Medical and sanitary report of the native army of Bengal for the year
Year: 1876
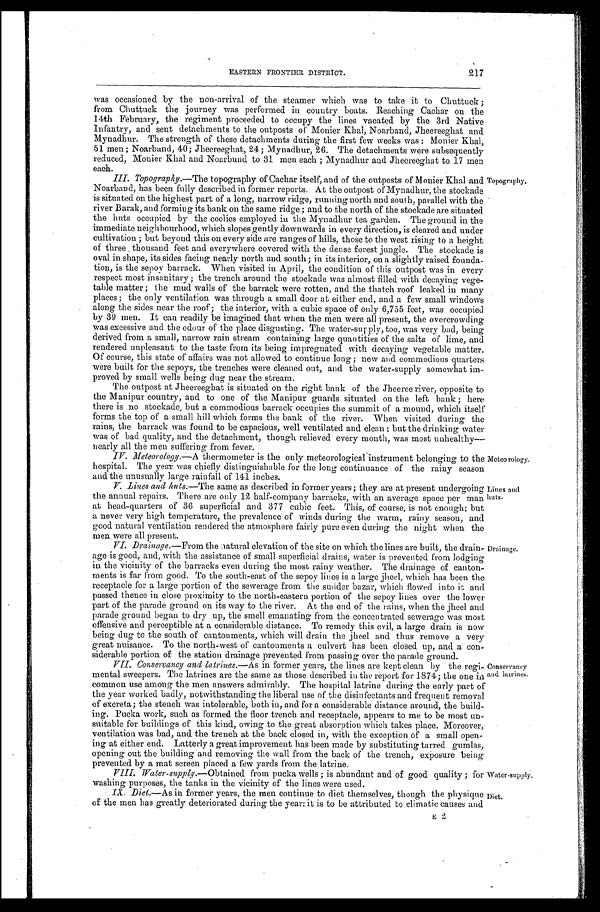
Meteorology.
Lines and
huts.
Drainage.
Water-supply,
Diet.
EASTERN FRONTIER DISTRICT.
217
was occasioned by the non-arrival of the steamer which was to take it to Chuttuck ;
from Chuttuck the journey was performed in country boats. Reaching Cachar on the
14th February, the regiment proceeded to occupy the lines vacated by the 3rd Native
Infantry, and sent detachments to the outposts of Monier Khal, Noarband, Jheereeghat and
Mynadhur. The strength of these detachments during the first few weeks was : Monier Khal,
51 men ; Noarband, 40; Jheereeghat, 24 ; Mynadhur, 26. The detachments were subsequently
reduced, Monier Khal and Noarbund to 31 men each ; Mynadhur and Jheereeghat to 17 men
each.
III. Topography. —The topography of Cachar itself, and of the outposts of Monier Khal and Topography,
Noarband, has been fully described in former reports. At the outpost of Mynadhur, the stockade
is situated on the highest part of a long, narrow ridge, running north and south, parallel with the
river Barak, and forming its bank on the same ridge ; and to the north of the stockade are situated
the huts occupied by the coolies employed in the Mynadhur tea garden. The ground in the
immediate neighbourhood, which slopes gently downwards in every direction, is cleared and under
cultivation ; but beyond this on every side are ranges of hills, those to the west rising to a height
of three thousand feet and everywhere covered with the dense forest jungle. The stockade is
oval in shape, its sides facing nearly north and south; in its interior, on a slightly raised founda--
tion, is the sepov barrack. When visited in April, the condition of this outpost was in every
respect most insanitary ; the trench around the stockade was almost filled with decaying vege--
table matter ; the mud walls of the barrack were rotten, and the thatch roof leaked in many
places ; the only ventilation was through a small door at either end, and a few small windows
along the sides near the roof; the interior, with a cubic space of only 6,755 feet, was occupied
by 39 men. It can readily be imagined that when the men were all present, the overcrowding
was excessive and the odour of the place disgusting. The water-supply, too, was very bad, being
derived from a small, narrow rain stream containing large quantities of the salts of lime, and
rendered unpleasant to the taste from its being impregnated with decaying vegetable matter.
Of course, this state of affairs was not allowed to continue long; new and commodious quarters
were built for the sepoys, the trenches were cleaned out, and the water-supply somewhat im--
proved by small wells being dug near the stream.
The outpost at Jheereeghat is situated on the right bank of the Jheeree river, opposite to
the Manipur country, and to one of the Manipur guards situated on the left bank ; here
there is no stockade, but a commodious barrack occupies the summit of a mound, which itself
forms the top of a small hill which forms the bank of the river. When visited during the
rains, the barrack was found to be capacious, well ventilated and clean ; but the drinking water
was of bad quality, and the detachment, though relieved every month, was most unhealthy
— n e a r l y a l l t h e m e n s u f f e r i n g f r o m f e v e r .
IV.
Meteorology.—A thermometer is the only meteorological instrument belonging to the
hospital. The year was chiefly distinguishable for the long continuance of the rainy season
and the unusually large rainfall of 141 inches.
V.Lines and huts.—The same as described in former years; they are at present undergoing
the annual repairs. There are only 12 half-company barracks, with an average space per man
at head-quarters of 36 superficial and 377 cubic feet. This, of course, is not enough; but
a never very high temperature, the prevalence of winds during the warm, rainy season, and
good natural ventilation rendered the atmosphere fairly pure even during the night when the
men were all present.
VI. Drainage.—From the natural elevation of the site on which the lines are built, the drain-
age is good, and, with the assistance of small superficial drains, water is prevented from lodging
in the vicinity of the barracks even during the most rainy weather. The drainage of canton-
ments is far from good. To the south-east of' the sepoy lines is a large jheel, which has been the
receptacle for a large portion of the sewerage from the sudder bazar, which flowed into it and
passed thence in close proximity to the north-eastern portion of the sepoy lines over the lower
part of the parade ground on its way to the river. At the end of the rains, when the jheel am
parade ground began to dry . up, the smell emanating from the concentrated sewerage was most
offensive and perceptible at a considerable distance. To remedy this evil, a large drain is now
being dug to the south of cantonments, which will drain the jheel and thus remove a very
great nuisance. To the north-west of cantonments a culvert has been closed up, and a con
- s i d e r a b l e p o r t i o n o f t h e s t a t i o n d r a i n a g e p r e v e n t e d f r o m p a s s i n g o v e r t h e p a r a d e g r o u n d .
VII. Conservancy and latrines. —As in former years, the lines are kept clean by the regi- conservancy
mental sweepers. The latrines are the same as those described in the report for 1874; the one in and latrines.
common use among the men answers admirably. The hospital latrine during the early part of
the year worked badly, notwithstanding the liberal use of the disinfectants and frequent removal
of excreta; the stench was intolerable, both in, and for a considerable distance around, the build--
ing. Pucka work, such as formed the floor trench and receptacle, appears to me to be most un--
suitable for buildings of this kind, owing to the great absorption which takes place. Moreover,
ventilation was bad, and the trench at the back closed in, with the exception of a small open--
ing at either end. Latterly a great improvement has been made by substituting tarred gumlas,
opening out the building and removing the wall from the back of the trench, exposure being
prevented by a mat screen placed a few yards from the latrine.
VIII.
Water-supply.—Obtained from pucka wells ; is abundant and of good quality ; for
washing purposes, the tanks in the vicinity of the lines were used.
IX. Diet,—As in former years, the men continue to diet themselves, though the physique
of the men has greatly deteriorated during the year: it is to be attributed to climatic causes and
X.
E 2
E